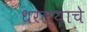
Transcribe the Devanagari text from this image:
धरल्याचे